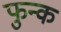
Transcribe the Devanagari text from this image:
फुन्क